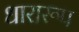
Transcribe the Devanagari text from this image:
धारारूप